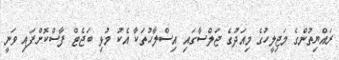
ރައްޔިތުންގެ މަޖިލީހުގެ މިއަދުގެ ޖަލްސާގައި އިސްލާހުތަކާ އެކު މުޅި ބަޖެޓް ފާސްކޮށްފައި ވަނީ